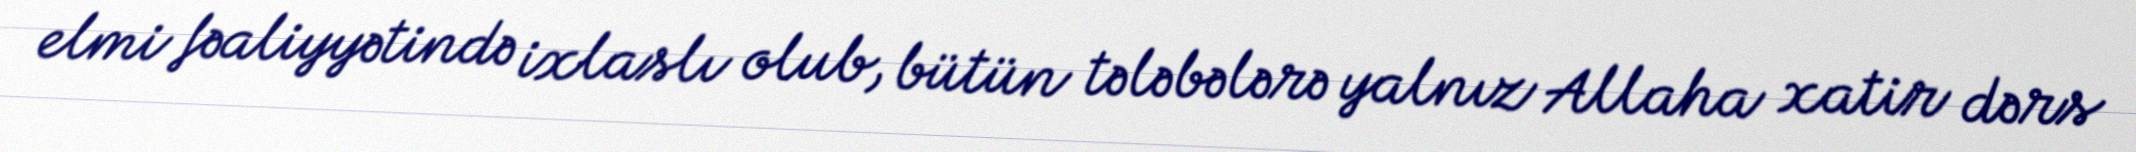
elmi fəaliyyətində ixlaslı olub, bütün tələbələrə yalnız Allaha xatir dərs